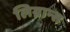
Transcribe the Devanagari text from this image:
लिग्नान्स